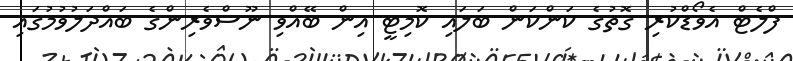
ފްލެޓް އެވޯޑްކުރި ގޮތުގެ ކަންކަން ބަލައި ކޮމިޓީ އިން ބޭއްވި ނޫސްވެރިންގެ ބައްދަލުވުމުގައި